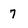
Character: 7